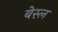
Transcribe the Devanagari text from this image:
बेस्ल